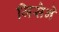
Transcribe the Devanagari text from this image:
जिसेने